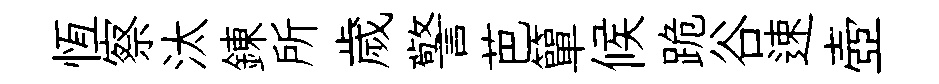
恆察汰錬所歲警芭簞候跪谷速壺